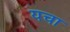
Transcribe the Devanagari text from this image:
यचा